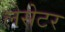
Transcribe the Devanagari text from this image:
लेसेटर